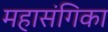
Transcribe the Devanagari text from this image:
महासंगिका